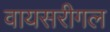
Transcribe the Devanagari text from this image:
वायसरीगल